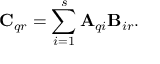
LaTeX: \mathbf { C } _ { q r } = \sum _ { i = 1 } ^ { s } \mathbf { A } _ { q i } \mathbf { B } _ { i r } .